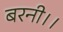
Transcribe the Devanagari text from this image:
बरनी।।